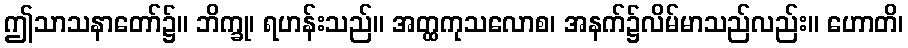
ဤသာသနာတော်၌။ ဘိက္ခု၊ ရဟန်းသည်။ အတ္ထကုသလောစ၊ အနက်၌လိမ်မာသည်လည်း။ ဟောတိ၊